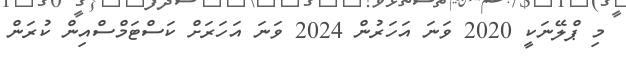
މި ޕްލޭނަކީ 2020 ވަނަ އަހަރުން 2024 ވަނަ އަހަރަށް ކަސްޓަމްސްއިން ކުރަން